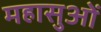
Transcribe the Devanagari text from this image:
महासुओं